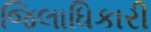
જિલાધિકારી